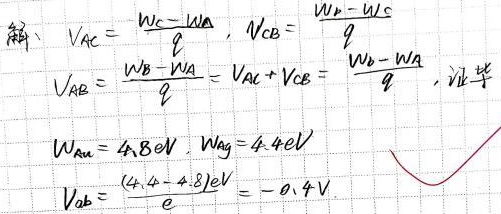
\[
\begin{align*}
V_{AC}&=\frac{W_{C}-W_{A}}{q},V_{CB}=\frac{W_{B}-W_{C}}{q}\\
V_{AB}&=\frac{W_{B}-W_{A}}{q}=V_{AC}+V_{CB}=\frac{W_{B}-W_{A}}{q},\text{证毕}\\
W_{Au}& = 4.8\text{eV},W_{Ag}=4.4\text{eV}\\
V_{ab}&=\frac{(4.4 - 4.8)\text{eV}}{e}=- 0.4\text{V}
\end{align*}
\]